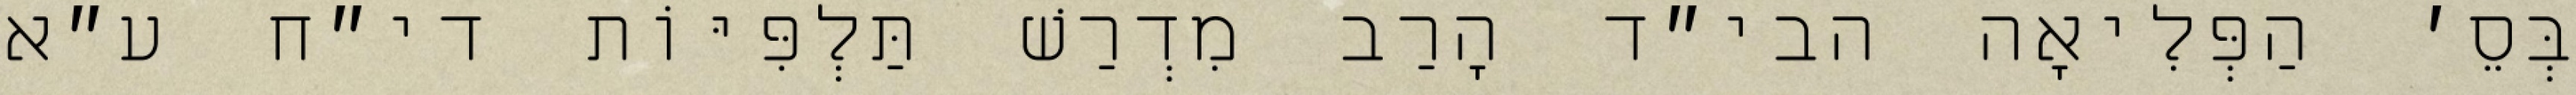
בְּסֵ׳ הַפְּלִיאָה הבי״ד הָרַב מִדְרַשׁ תַּלְפִּיּוֹת די״ח ע״א